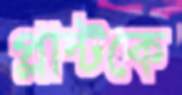
প্লান্টকে